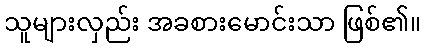
သူများလှည်း အခစားမောင်းသာ ဖြစ်၏။